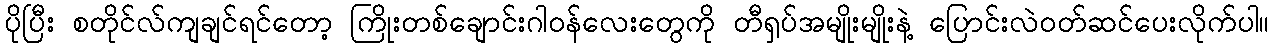
ပိုပြီး စတိုင်လ်ကျချင်ရင်တော့ ကြိုးတစ်ချောင်းဂါဝန်လေးတွေကို တီရှပ်အမျိုးမျိုးနဲ့ ပြောင်းလဲဝတ်ဆင်ပေးလိုက်ပါ။